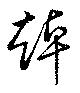
趠